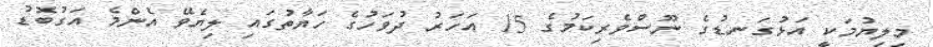
މިލިޔުމަކީ އަޅުގަނޑުގެ ނޫސްވެރިކަމުގެ 15 އަހަރު ދުވަހުގެ ހަޔާތުގައި ލިޔެވޭ އެންމެ އަގުބޮޑު